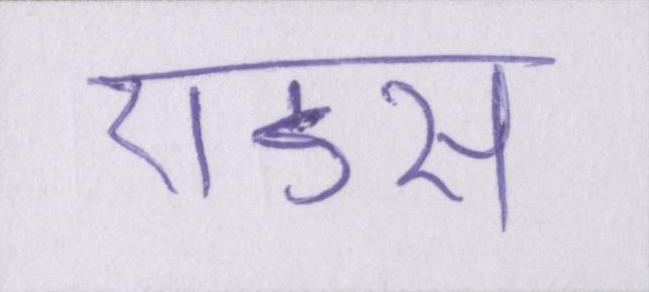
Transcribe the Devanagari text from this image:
एडस